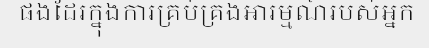
ផងដែរក្នុងការគ្រប់គ្រងអារម្មណ៍របស់អ្នក